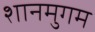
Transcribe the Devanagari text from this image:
शानमुगम